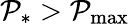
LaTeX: \mathcal{P}_{*}>\mathcal{P}_{\operatorname*{max}}